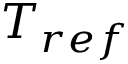
T _ { r e f }